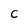
Character: C